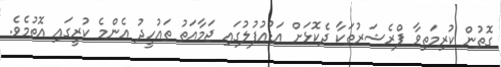
ގޮތުން ކުރިމަތިވާ ޕްރެޝަރުތަކާ ދެކޮޅަށް އަޑުއުފުލުގައި ޖަމާއަތު ތައުހީދު އެންމެ ކުރީގައި އޮތުމެވެ.